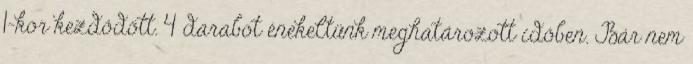
1-kor kezdődött. 4 darabot énekeltünk meghatározott időben. Bár nem